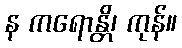
န ကရောန္တိ၊ ကုန်။